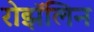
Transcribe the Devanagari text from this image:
रोझॅलिन